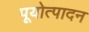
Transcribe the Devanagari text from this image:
पूयोत्पादन